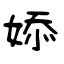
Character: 婖